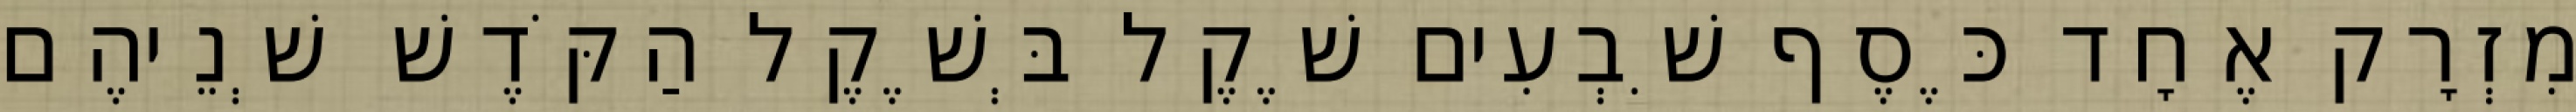
מִזְרָק אֶחָד כֶּסֶף שִׁבְעִים שֶׁקֶל בְּשֶׁקֶל הַקֹּדֶשׁ שְׁנֵיהֶם